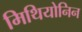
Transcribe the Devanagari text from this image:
मिथियोनिन